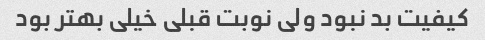
کیفیت بد نبود ولی نوبت قبلی خیلی بهتر بود